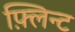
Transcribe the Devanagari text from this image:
फ़्लिन्ट